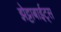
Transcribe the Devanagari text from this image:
झेट्टाबाईट्स